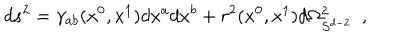
d s ^ { 2 } = \gamma _ { a b } ( x ^ { 0 } , x ^ { 1 } ) d x ^ { a } d x ^ { b } + r ^ { 2 } ( x ^ { 0 } , x ^ { 1 } ) d \Omega _ { S ^ { d - 2 } } ^ { 2 } ~ ~ ,